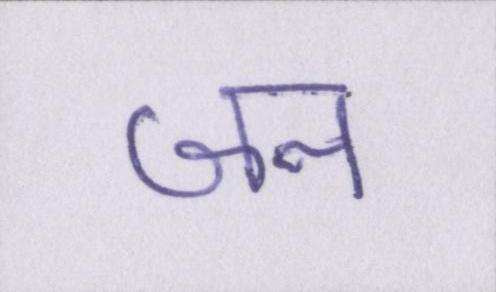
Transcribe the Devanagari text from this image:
जन